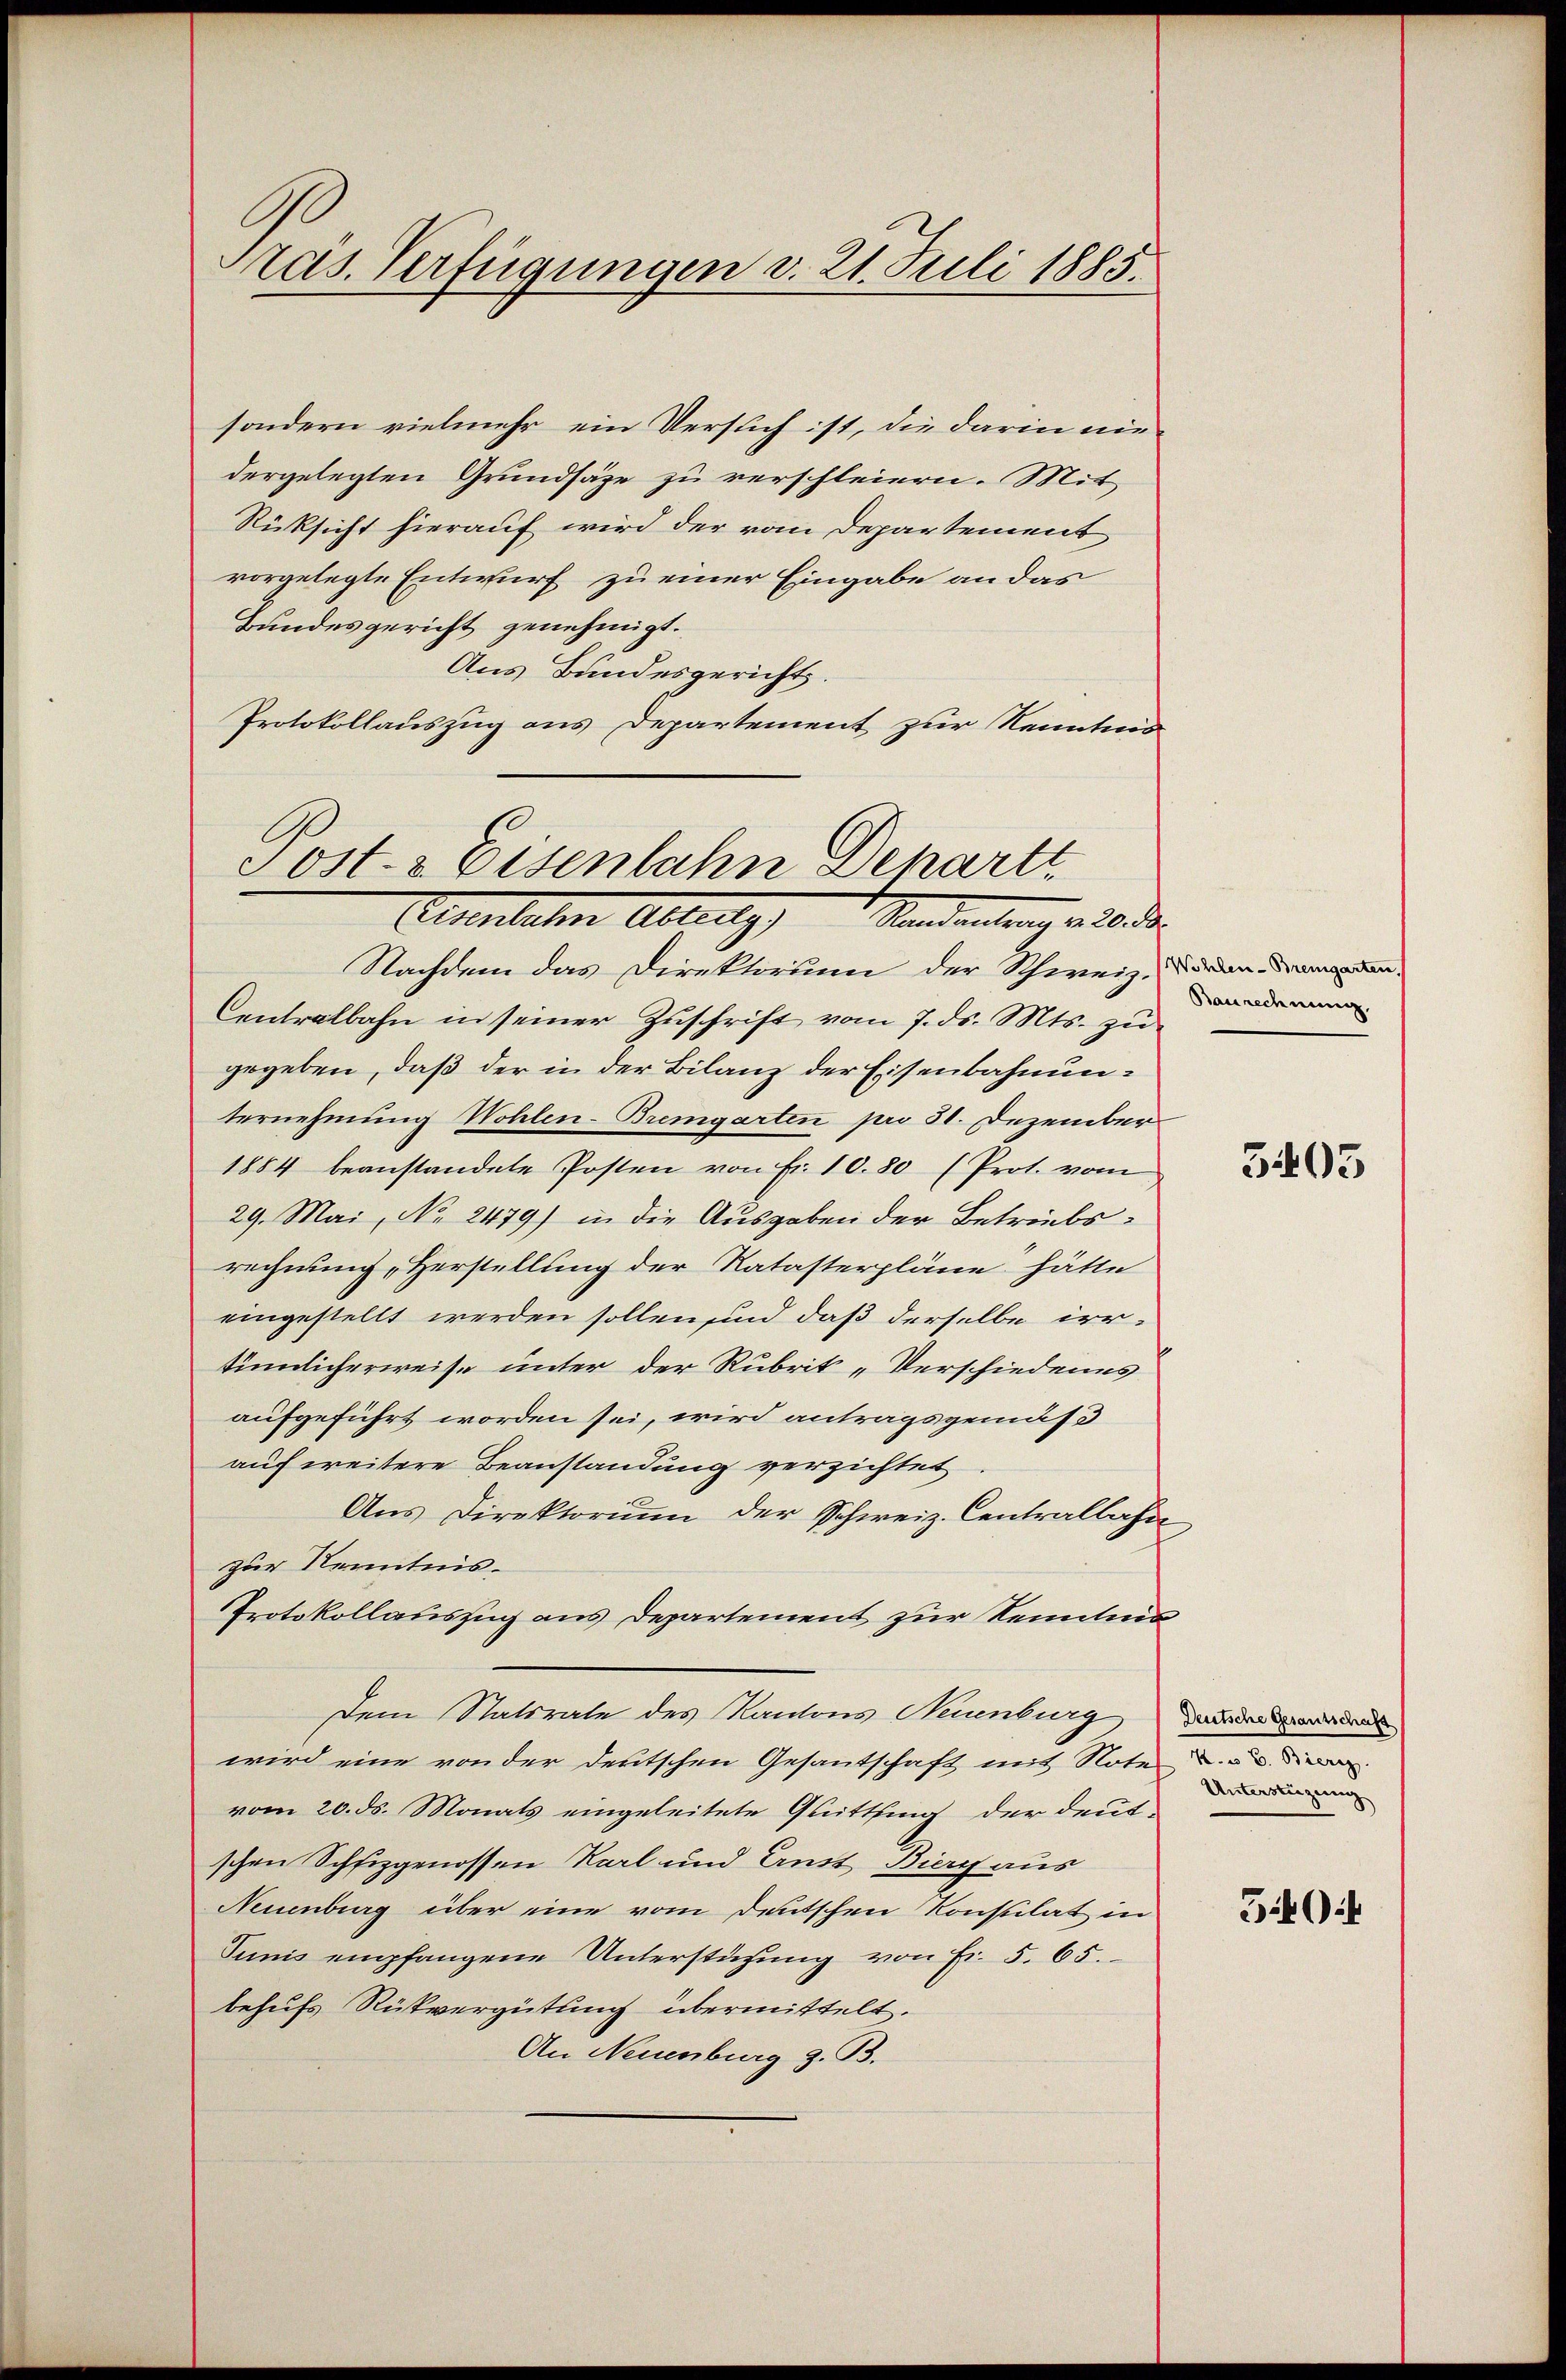
Pras. Verfügungen v. 21. Juli 1885.

sondern vielmehr ein Versuch ist, die darin niedergelegten Grundsäze zu verschleiern. Mit
Rücksicht hierauf wird der vom Departement
vorgelegte Entwurf zu einer Eingabe an das
Bundesgericht genehmigt.
Aus Bundesgericht.
Protokollauszug aus Departement zur Kenntnis

Post- & Eisenbahn Departe
Etanlehen Ablenz,
Stand antrag v. 20. d.

Nachdem das Direktorium der Schweiz. Korn
Centralbahn in seiner Zuschrift vom 7. ds. Mts. zu
gegeben, daß der in der Bilanz der Eisenbahnunternehmung Wohlen-Bremgarten pro 31. Dezember
1884 beanstandete Posten von Fr. 10. 80 (Prot. vom
29. Mai, No 2479) in die Ausgaben der Betriebsrechnung „Herstellung der Ratasterpläne hätte
eingestellt werden sollen sind daß derselbe irr-
tümlicherweise unter der Rubrik „Verschiedenes
aufgeführt worden sei, wird antragsgemäß
aufereitere Beanstandung verzichtet
Aus Direktorium der Schweiz. Centralbahn
zur Kenntnis.
Protokollauszug aus Departement zur Kenntni
Dem Statsrate des Kantons Neuenburg dan werden
wird eine von der deutschen Gesantschaft mit Note u. die
vom 20. ds. Monats eingeleitete Glittling der deutschen Schfizgenossen Karl und Ernst Bieg aus
Neuenburg über eine vom Deutschen Konsulat in
Tunis empfangene Unterstützung von Fr. 5. 65.
behufs Rückvergütung übermittelt.
An Neuenburg z. B.

Baurechnung.

3403

Unterstüzung

340it